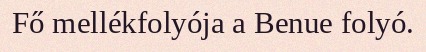
Fő mellékfolyója a Benue folyó.